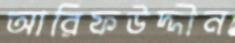
আরিফউদ্দীন